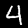
Digit: 4